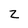
Character: Z